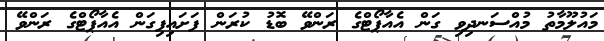
މައުލޫމާތު މުއްސަނދިވި ގަން އެއާޕޯޓްގެ ރަންވޭ ބޮޑު ކުރަން ފަށައިފިގަން އެއާޕޯޓްގެ ރަންވޭ